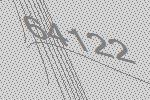
64122